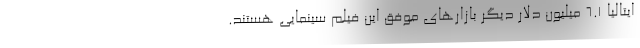
ایتالیا ۶.۱ میلیون دلار دیگر بازارهای موفق این فیلم سینمایی هستند.